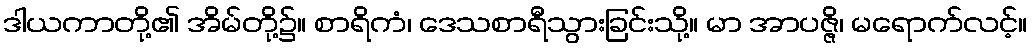
ဒါယကာတို့၏ အိမ်တို့၌။ စာရိကံ၊ ဒေသစာရီသွားခြင်းသို့။ မာ အာပဇ္ဇိ၊ မရောက်လင့်။